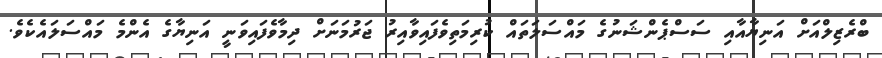
ބްރެޒިލްއަށް އަނިޔާއާއި ސަސްޕެންޝަނުގެ މައްސަލަތައް ކުރިމަތިވެފައިވާއިރު ޖަރުމަނަށް ދިމާވެފައިވަނީ އަނިޔާގެ އެންމެ މައްސަލައެކެވެެ.